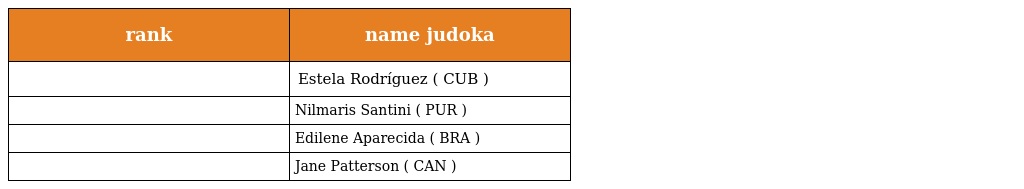
| rank | name judoka |
 | --- | --- |
 |  | Estela Rodríguez ( CUB ) |
 |  | Nilmaris Santini ( PUR ) |
 |  | Edilene Aparecida ( BRA ) |
 |  | Jane Patterson ( CAN ) |